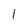
Character: I